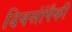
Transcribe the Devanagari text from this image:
दिवसांंपैकी